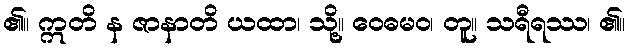
၏။ ဣတိ န ဇာနာတိ ယထာ၊ သို့။ ဝေဓမဝ၊ တူ။ သရီရဿ၊ ၏။